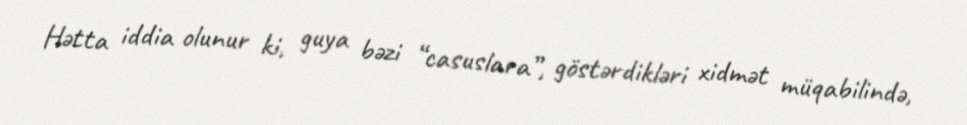
Hətta iddia olunur ki, guya bəzi “casuslara”, göstərdikləri xidmət müqabilində,